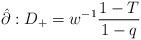
LaTeX: \begin{align*}\hat{\partial}:D_{+}=w^{-1}\frac{1-T}{1-q}\end{align*}